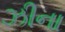
ઝીના